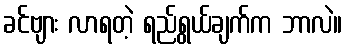
ခင်ဗျား လာရတဲ့ ရည်ရွယ်ချက်က ဘာလဲ။